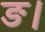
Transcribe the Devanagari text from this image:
ङ।